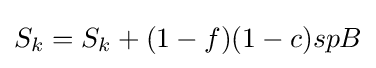
S_{k}=S_{k}+(1-f)(1-c)spB